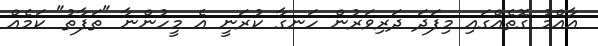
އާއްމު ގޮތެއްގައި މިފަދަ ދަރިވަރުން ހަނގާ ކުރަނީ އެ މީހުންނާ "ތަފާތު" ކަމެއް